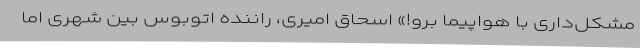
مشکل‌داری با هواپیما برو!» اسحاق امیری، راننده اتوبوس بین شهری اما